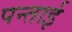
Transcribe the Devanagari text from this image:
पन्ताई